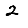
Digit: 2